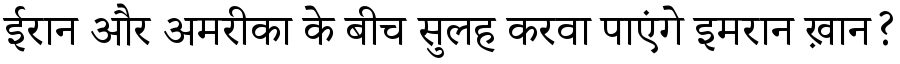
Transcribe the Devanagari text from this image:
ईरान और अमरीका के बीच सुलह करवा पाएंगे इमरान ख़ान?